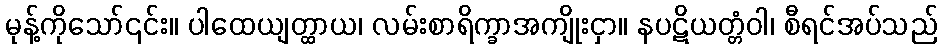
မုန့်ကိုသော်၎င်း။ ပါထေယျတ္ထာယ၊ လမ်းစာရိက္ခာအကျိုးငှာ။ နပဋိယတ္တံဝါ၊ စီရင်အပ်သည်